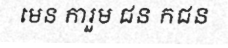
មេន ការួម ជន កជន